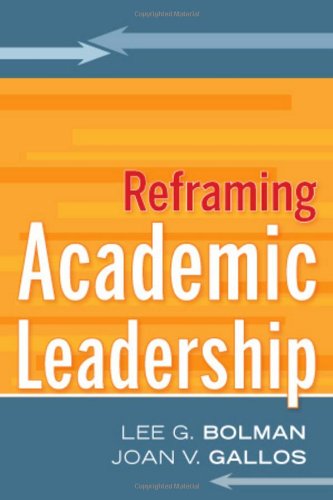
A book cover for Reframing Academic Leadership; Lee G. Bolman; Education & Teaching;